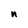
Character: n